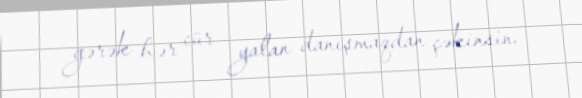
gərək hər cür yalan danışmaqdan çəkinsin.